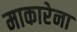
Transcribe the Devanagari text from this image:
माकारेना